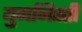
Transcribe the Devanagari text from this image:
युमनिस्ती